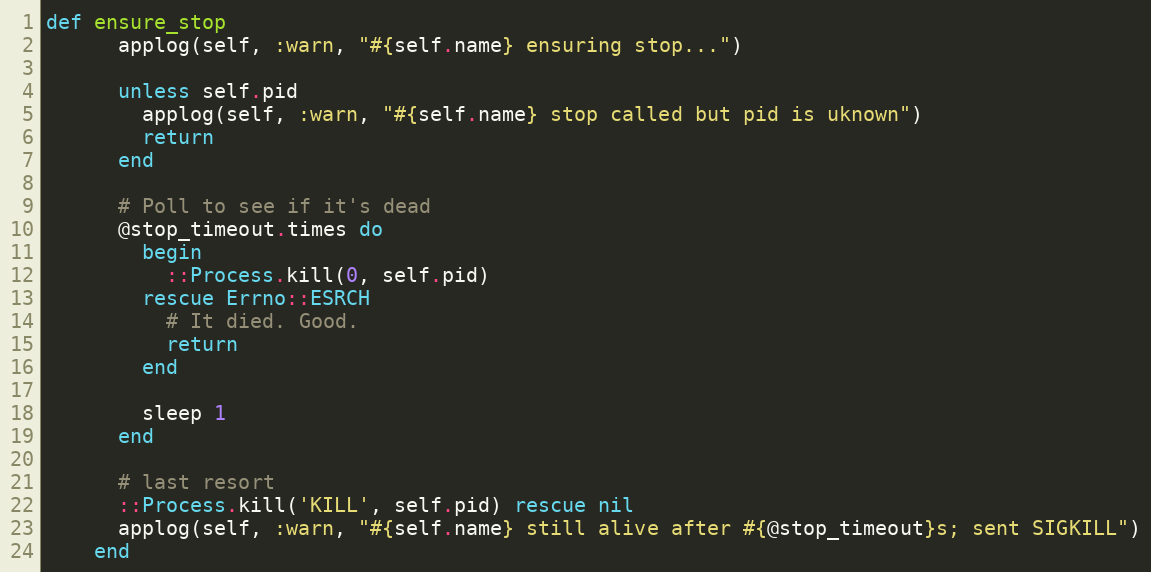
Language: Ruby
def ensure_stop
      applog(self, :warn, "#{self.name} ensuring stop...")

      unless self.pid
        applog(self, :warn, "#{self.name} stop called but pid is uknown")
        return
      end

      # Poll to see if it's dead
      @stop_timeout.times do
        begin
          ::Process.kill(0, self.pid)
        rescue Errno::ESRCH
          # It died. Good.
          return
        end

        sleep 1
      end

      # last resort
      ::Process.kill('KILL', self.pid) rescue nil
      applog(self, :warn, "#{self.name} still alive after #{@stop_timeout}s; sent SIGKILL")
    end